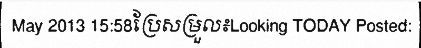
May 2013 15:58ប្រែសម្រួល៖Looking TODAY Posted: